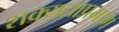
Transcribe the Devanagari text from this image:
शक्यताप्रमाण